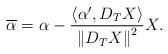
LaTeX: \begin{align*}\overline{\alpha }=\alpha -\frac{\left\langle \alpha ^{\prime},D_{T}X\right\rangle }{\left\Vert D_{T}X\right\Vert ^{2}}X. \end{align*}